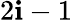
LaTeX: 2\mathbf{i}-1